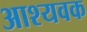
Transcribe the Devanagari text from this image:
आश्यवक